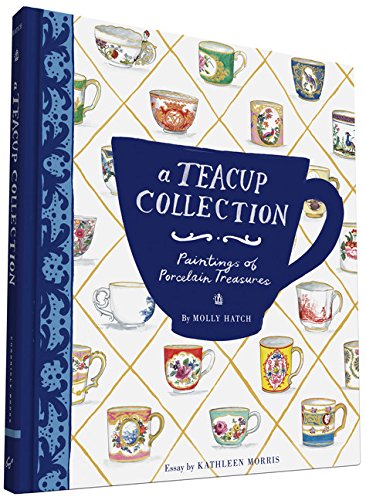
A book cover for A Teacup Collection: Paintings of Porcelain Treasures; Arts & Photography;